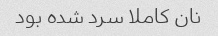
نان کاملا سرد شده بود